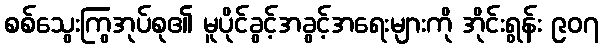
စစ်သွေးကြွအုပ်စု၏ မူပိုင်ခွင့်အခွင့်အရေးများကို အိုင်းရွန်း ၉၀၇